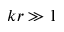
k r \gg 1